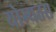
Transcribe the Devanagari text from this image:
योग्यतस